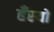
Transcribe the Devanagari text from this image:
हँस्‍यो